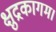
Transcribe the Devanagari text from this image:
क्षुद्रकागम।